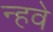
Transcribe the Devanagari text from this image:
न्हवे